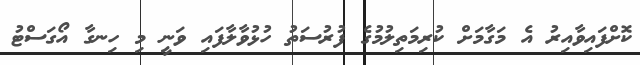
ކޮށްފައިވާއިރު އެ މަގާމަށް ކުރިމަތިލުމުގެ ފުރުސަތު ހުޅުވާލާފައި ވަނީ މި ހިނގާ އޯގަސްޓު